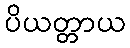
ပိယတ္တာယ